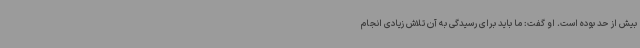
بیش از حد بوده است. او گفت: ما باید برای رسیدگی به آن تلاش زیادی انجام